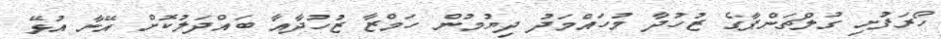
ހޯރަފުށި ގުލްޗަންޕާގެ ޒުހުދާ މުހައްމަދު ދިޔުމުން ހަމްޒާ ޒުހުދާއާ ބައްދަލުކޮށް އޭނާ އުޅޭ